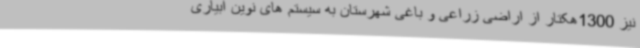
نیز 1300هکتار از اراضی زراعی و باغی شهرستان به سیستم های نوین آبیاری